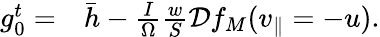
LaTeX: \begin{array}{rl}{g_{0}^{t}=}&{{}\bar{h}-\frac{I}{\Omega}\frac{w}{S}\mathcal{D}f_{M}(v_{\parallel}=-u).}\end{array}